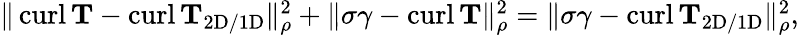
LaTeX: \begin{array}{r}{\| \operatorname{curl}\mathbf{T}-\operatorname{curl}\mathbf{T}_{\mathrm{2D/1D}}\| _{\rho}^{2}+\| \sigma\gamma-\operatorname{curl}\mathbf{T}\| _{\rho}^{2}=\| \sigma\gamma-\operatorname{curl}\mathbf{T}_{\mathrm{2D/1D}}\| _{\rho}^{2},}\end{array}